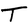
Character: T